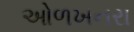
ઓળખનરા